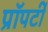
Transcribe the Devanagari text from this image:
प्राॅपर्टी